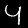
Digit: 4